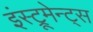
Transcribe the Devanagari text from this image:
इंस्ट्रूमेन्ट्स